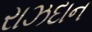
રાઝદાન